Lunatic asylums United Provinces 1899-1908 - 1899-1908
Year: 1899
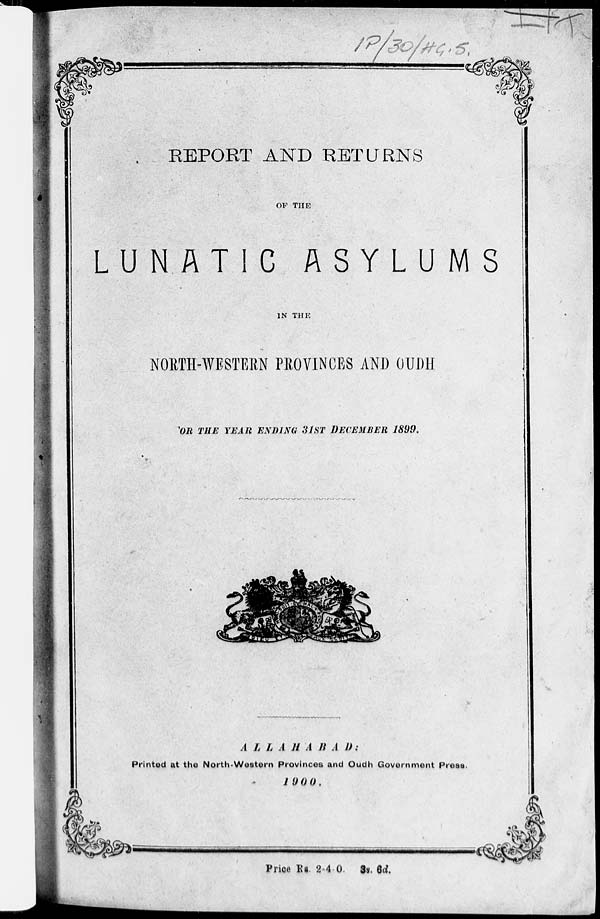
REPORT AND RETURNS
OF THE
LUNATIC
ASYLUMS
IN THE
NORTH-WESTERN PROVINCES AND OUDH
FOR THE YEAR ENDING 31ST DECEMBER 1899.
ALLAHABAD:
Printed at the North-Western Provinces and Oudh Government Press.
1900.
Price Rs 2-4-0. 3s. 6d.